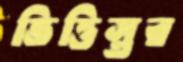
ভিত্তিস্তর